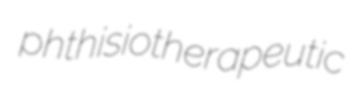
phthisiotherapeutic